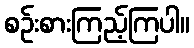
စဉ်းစားကြည့်ကြပါ။